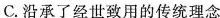
C.沿承了经世致用的传统理念